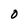
Character: o